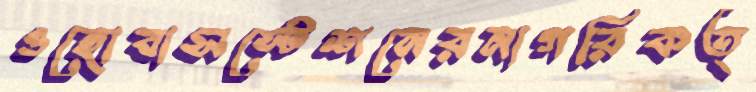
ওহোবাসস্টেশনেরনাগরিকত্